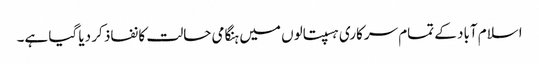
اسلام آباد کے تمام سرکاری ہسپتالوں میں ہنگامی حالت کا نفاذ کر دیا گیا ہے۔